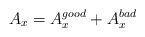
LaTeX: \begin{align*}A_x = A_x^{good} + A_x^{bad}\end{align*}